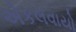
એકલવાયો